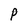
Character: P